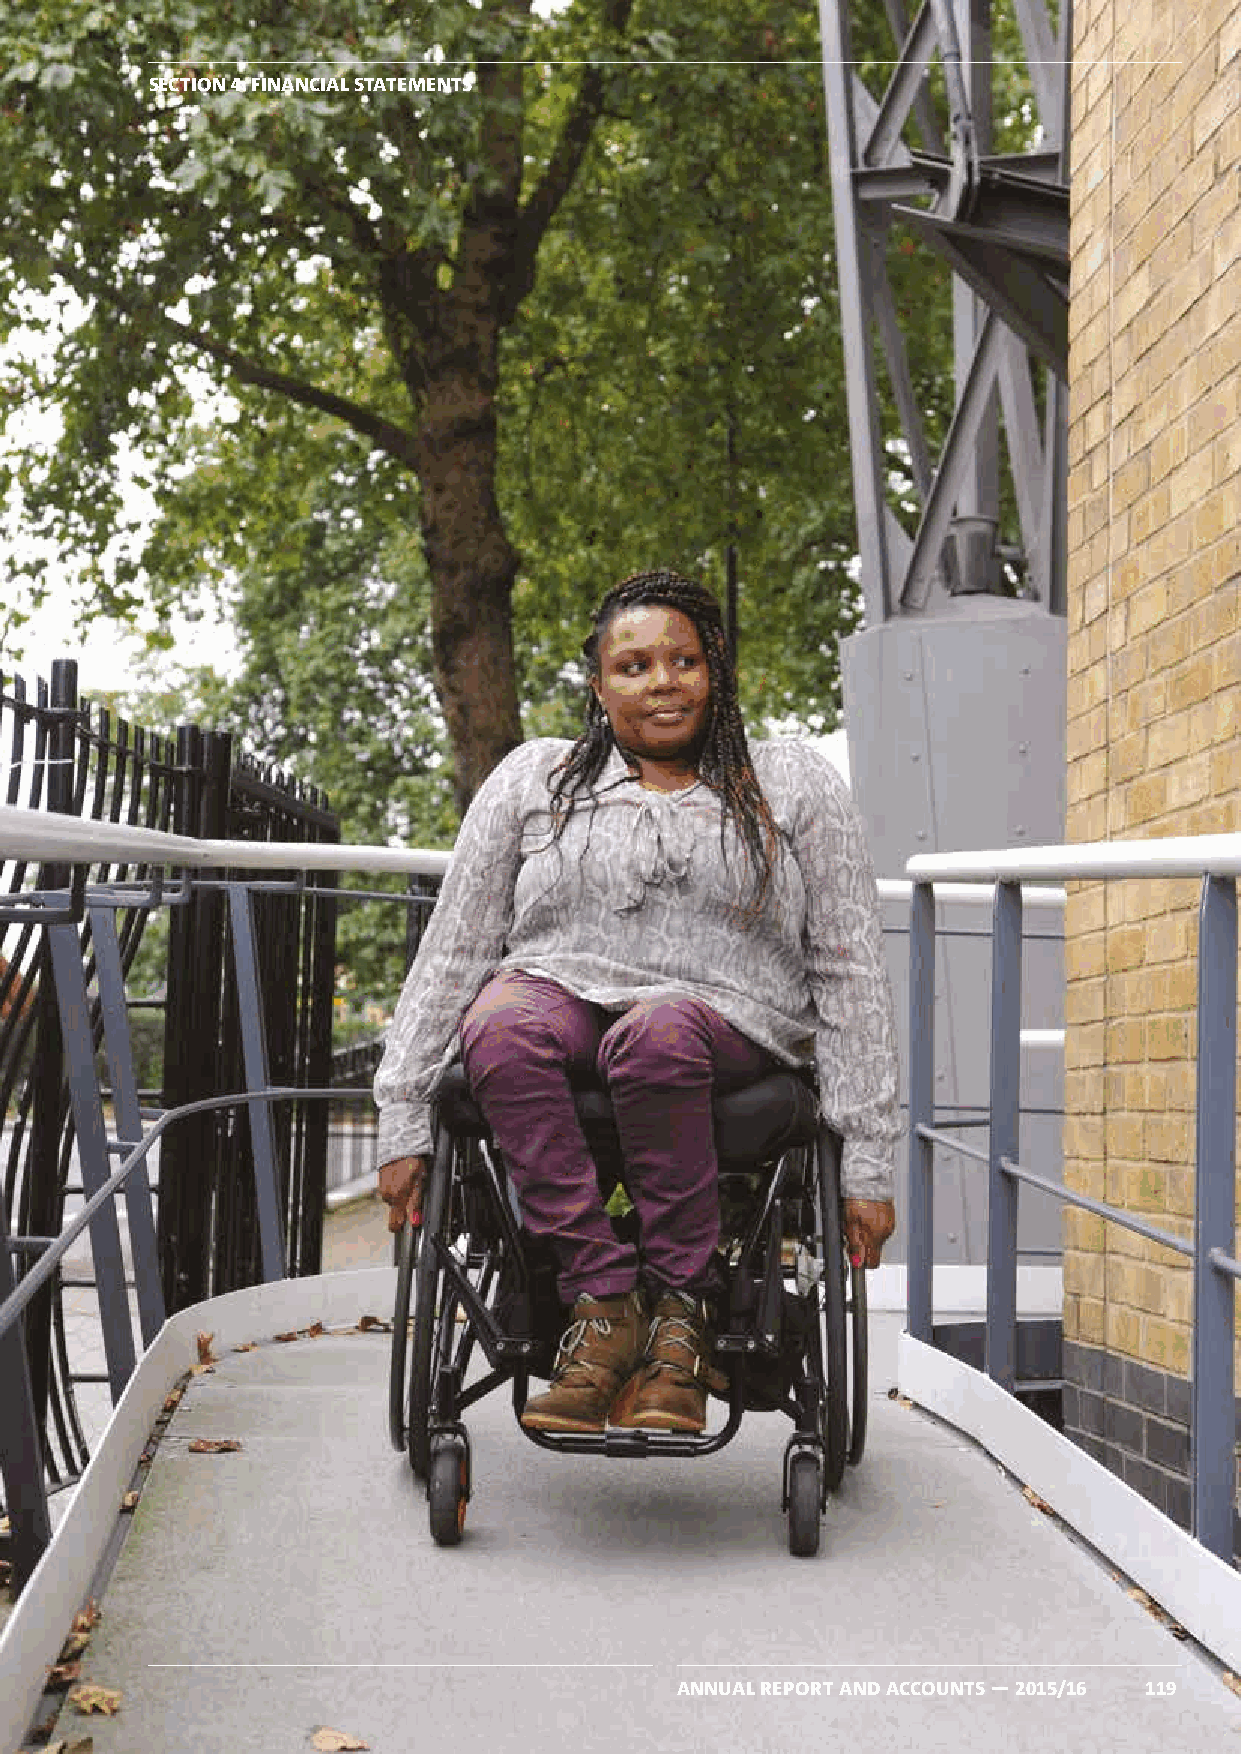
SECTION 4: FINANCIAL STATEMENTS
 ANNUAL REPORT AND ACCOUNTS — 2015/16 119